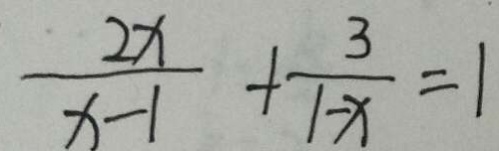
\frac { 2 x } { x - 1 } + \frac { 3 } { 1 - x } = 1